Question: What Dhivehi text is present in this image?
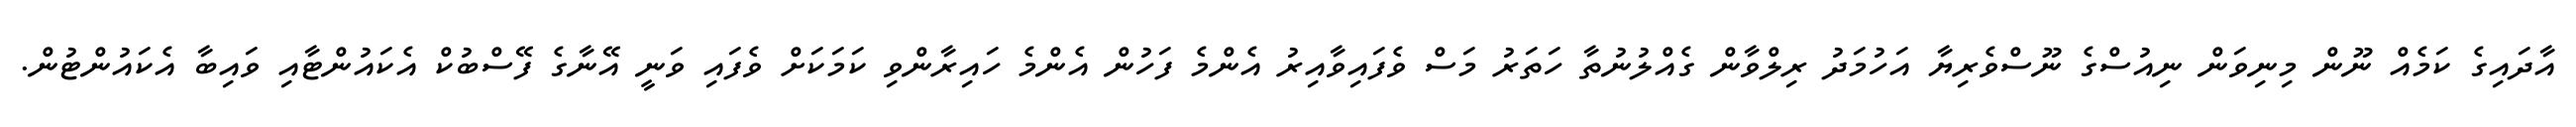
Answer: އާދައިގެ ކަމެއް ނޫން މިނިވަން ނިއުސްގެ ނޫސްވެރިޔާ އަހުމަދު ރިލްވާން ގެއްލުނުތާ ހަތަރު މަސް ވެފައިވާއިރު އެންމެ ފަހުން އެންމެ ހައިރާންވި ކަމަކަށް ވެފައި ވަނީ އޭނާގެ ފޭސްބުކް އެކައުންޓާއި ވައިބާ އެކައުންޓުން.